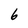
Character: 6